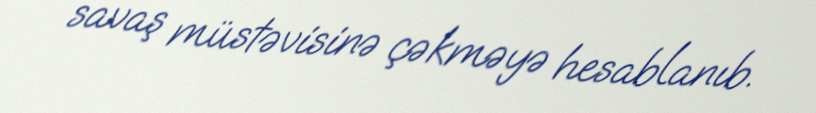
savaş müstəvisinə çəkməyə hesablanıb.